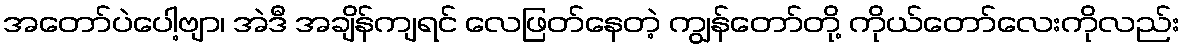
အတော်ပဲပေါ့ဗျာ၊ အဲဒီ အချိန်ကျရင် လေဖြတ်နေတဲ့ ကျွန်တော်တို့ ကိုယ်တော်လေးကိုလည်း